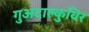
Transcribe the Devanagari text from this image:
गुअदाल्कुविर